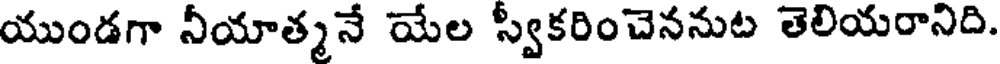
యుండగా నీయాత్మనే యేల స్వీకరించెననుట తెలియరానిది.